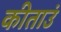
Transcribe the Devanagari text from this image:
कीताउं